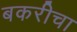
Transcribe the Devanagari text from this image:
बकरीचा